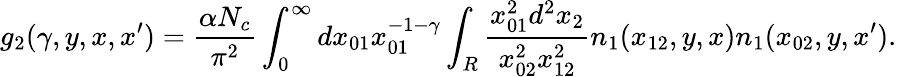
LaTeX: g_{2}(\gamma,y,x,x^{\prime})=\frac{\alpha N_{c}}{\pi^{2}}\int_{0}^{\infty}dx_{01}x_{01}^{-1-\gamma}\int_{R}\frac{x_{01}^{2}d^{2}x_{2}}{x_{02}^{2}x_{12}^{2}}n_{1}(x_{12},y,x)n_{1}(x_{02},y,x^{\prime}).